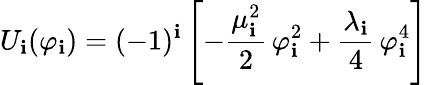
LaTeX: U_{\mathbf{i}}(\varphi_{\mathbf{i}})=(-1)^{\mathbf{i}}\left[-\frac{{\mu_{\mathbf{i}}^{2}}}{{2}}\, \varphi_{\mathbf{i}}^{2}+\frac{{\lambda_{\mathbf{i}}}}{{4}}\, \varphi_{\mathbf{i}}^{4}\right]